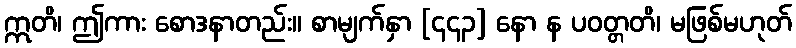
ဣတိ၊ ဤကား စောဒနာတည်း။ စာမျက်နှာ [၄၄၃] နော န ပဝတ္တတိ၊ မဖြစ်မဟုတ်